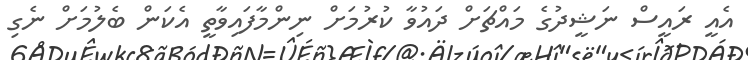
އެއީ ރައީސް ނަޝީދުގެ މައްޗަށް ދައުވާ ކުރުމަށް ނިންމާފައިވާތީ އެކަން ބެލުމަށް ނެގި